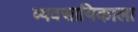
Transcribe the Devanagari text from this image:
व्यवसायिकाला